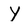
Character: Y